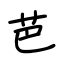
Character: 芭